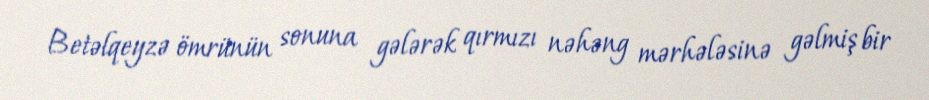
Betəlqeyzə ömrünün sonuna gələrək qırmızı nəhəng mərhələsinə gəlmiş bir